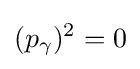
(p_{\gamma })^{2}=0